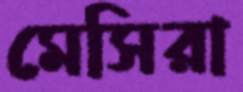
মেসিরা